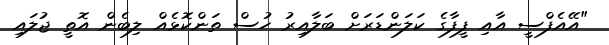
"އޭއެފްސީ އާއި ފީފާގެ ކަލަންޑަރަށް ބަލާއިރު ހުސް ތަންކޮޅެއް ލިބެން އޮތީ ޖުލައި